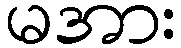
မအား